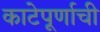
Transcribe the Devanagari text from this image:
काटेपूर्णाची